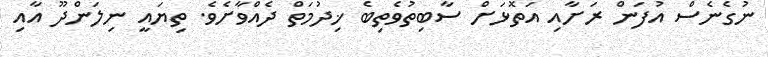
ނުގެނެސް އުފަން ރަށާއި އަތޮޅަށް ސާބިތުވެތިބެ ޚިދުމަތް ދެއްވާށެވެ. ތިޔައީ ނިލަންދޫ އާއި